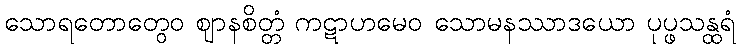
သောရတောတွေဝ ဈာနစိတ္တံ ကဋာဟမေဝ သောမနဿာဒယော ပုပ္ဖသန္ထရံ